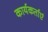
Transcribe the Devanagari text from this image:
कार्यकर्ताएं